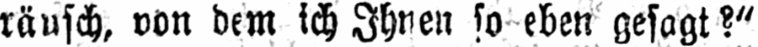
räusch, von dem ich Ihnen so eben gesagt?“